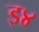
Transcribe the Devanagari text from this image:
इ४